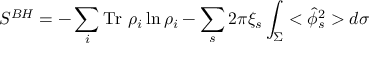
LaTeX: S ^ { B H } = - \sum _ { i } \mathrm { T r } ~ \rho _ { i } \ln \rho _ { i } - \sum _ { s } 2 \pi \xi _ { s } \int _ { \Sigma } < \hat { \phi } _ { s } ^ { 2 } > d \sigma